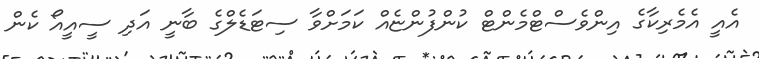
އެއީ އެމެރިކާގެ އިންވެސްޓްމެންޓް ކުންފުންޏެއް ކަމަށްވާ ސިޓަޑެލްގެ ބާނީ އަދި ސީއީއޯ ކެން